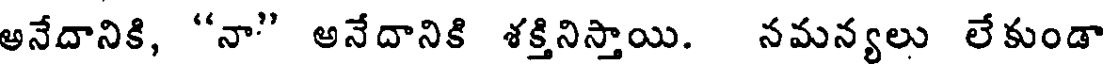
అనేదానికి, "నా" అనేదానికి శక్తినిస్తాయి. నమన్యలు లేకుండా